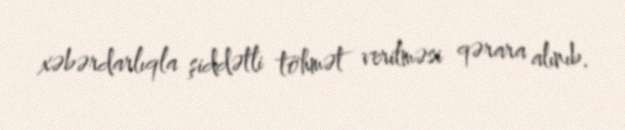
xəbərdarlıqla şiddətli töhmət verilməsi qərara alınıb.